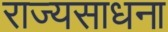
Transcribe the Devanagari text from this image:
राज्यसाधना